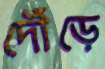
দৌঁড়ে